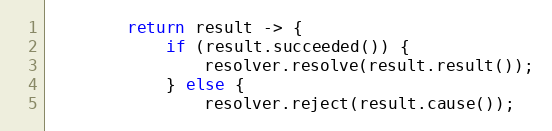
Language: Java
        return result -> {
            if (result.succeeded()) {
                resolver.resolve(result.result());
            } else {
                resolver.reject(result.cause());